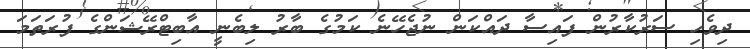
ދިވެހި ސަރުކާރުން ފައިސާ ދައްކަން ނުޖެހޭނެ ކަމުގެ ބާރު ލިބެނީ އާބިޓްރޭޝަންގެ ފުރަތަމަ